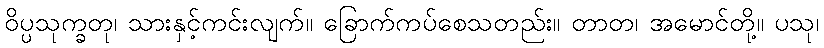
ဝိပ္ပသုက္ခတု၊ သားနှင့်ကင်းလျက်။ ခြောက်ကပ်စေသတည်း။ တာတ၊ အမောင်တို့။ ပသု၊